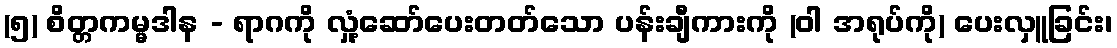
(၅) စိတ္တကမ္မဒါန - ရာဂကို လှုံ့ဆော်ပေးတတ်သော ပန်းချီကားကို (ဝါ အရုပ်ကို) ပေးလှူခြင်း၊